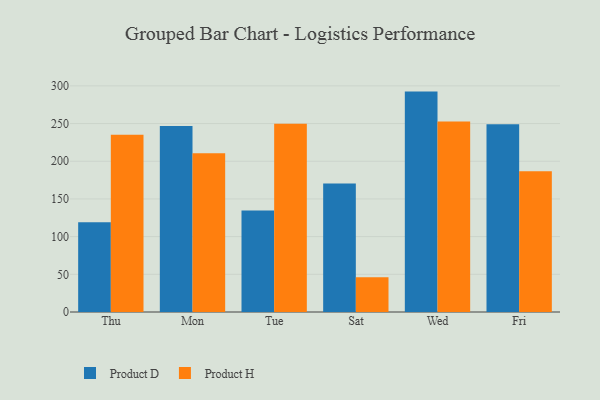
{"axis": {"x": "Day", "y": "Revenue (USD Million)"}, "legend": ["Product D", "Product H"], "data": [{"x": "Thu", "y": 119.2, "type": "Product D"}, {"x": "Thu", "y": 235.2, "type": "Product H"}, {"x": "Mon", "y": 246.8, "type": "Product D"}, {"x": "Mon", "y": 210.5, "type": "Product H"}, {"x": "Tue", "y": 134.6, "type": "Product D"}, {"x": "Tue", "y": 249.9, "type": "Product H"}, {"x": "Sat", "y": 170.5, "type": "Product D"}, {"x": "Sat", "y": 46.2, "type": "Product H"}, {"x": "Wed", "y": 292.4, "type": "Product D"}, {"x": "Wed", "y": 252.6, "type": "Product H"}, {"x": "Fri", "y": 249.2, "type": "Product D"}, {"x": "Fri", "y": 186.8, "type": "Product H"}]}